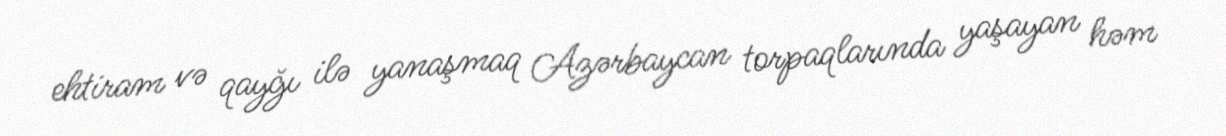
ehtiram və qayğı ilə yanaşmaq Azərbaycan torpaqlarında yaşayan həm